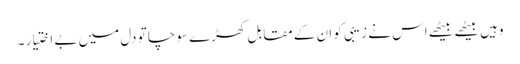
وہیں بیٹھے بیٹھے اس نے زیبی کو ان کے مقابل کھڑے سوچا تو دل میں بے اختیار ۔